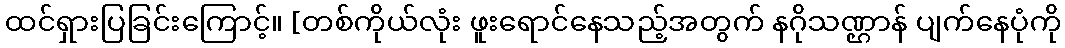
ထင်ရှားပြခြင်းကြောင့်။ [တစ်ကိုယ်လုံး ဖူးရောင်နေသည့်အတွက် နဂိုသဏ္ဌာန် ပျက်နေပုံကို